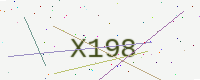
Text: X198